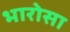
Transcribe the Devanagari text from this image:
भारोसा